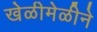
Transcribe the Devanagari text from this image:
खेळीमेळीने